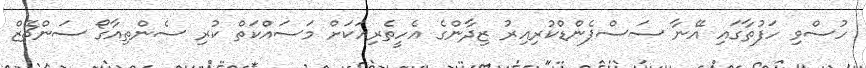
ހުސްވި ހަފުތާގައި އޭނާ ސަސްޕެންޑްކުރިއިރު ޒިދާންގެ އެހީތެރިއަކަށް މަސައްކަތް ކުރި ސެންތިއާގޯ ސަންޗޭޒް